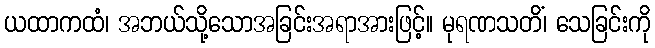
ယထာကထံ၊ အဘယ်သို့သောအခြင်းအရာအားဖြင့်။ မုရဏသတိံ၊ သေခြင်းကို